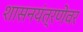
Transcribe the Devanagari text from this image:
शासनयंत्रणेवर